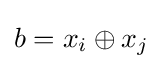
b=x_{i}\oplus x_{j}